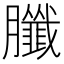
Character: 䑎